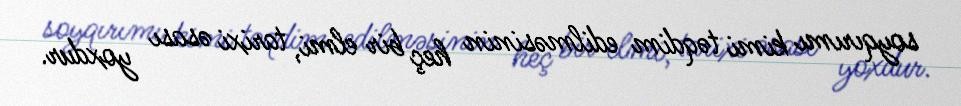
soyqırımı kimi təqdim edilməsinin heç bir elmi, tarixi əsası yoxdur.